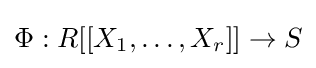
\Phi :R[[X_{1},\ldots ,X_{r}]]\to S